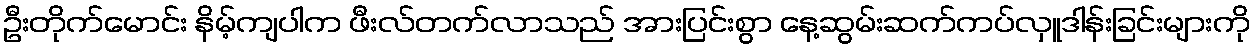
ဦးတိုက်မောင်း နိမ့်ကျပါက ဖီးလ်တက်လာသည် အားပြင်းစွာ နေ့ဆွမ်းဆက်ကပ်လှူဒါန်းခြင်းများကို